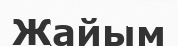
Жайым